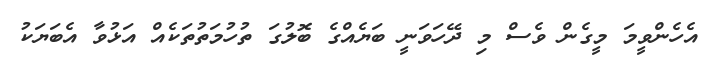
އެހެންވީމަ މީގެން ވެސް މި ދޭހަވަނީ ބަޔެއްގެ ބޮލުގަ ތުހުމަތުތަކެއް އަޅުވާ އެބަޔަކު